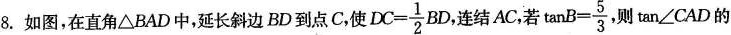
8.如图，在直角\triangle BAD中，延长斜边BD到点C.，使 $$DC= \frac{1}{2}BD$$, 连结AC，若 $$\tanB= \frac{5}{3}$$ 则\tan \angle CAD的